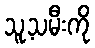
သူ့သမီးကို